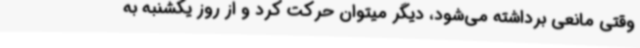
وقتی مانعی برداشته می‌شود، دیگر میتوان حرکت کرد و از روز یکشنبه به